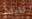
كايلب